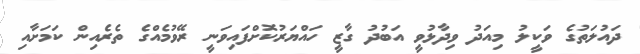
ދައުލަތުގެ ވަކީލު މިއަދު ވިދާޅުވީ އަބުދު ގާޒީ ހައްޔަރުކޮށްފައިވަނީ ރޭވުމެއްގެ ތެރެއިން ކަމަށާއި